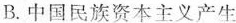
B.中国民族资本主义产生